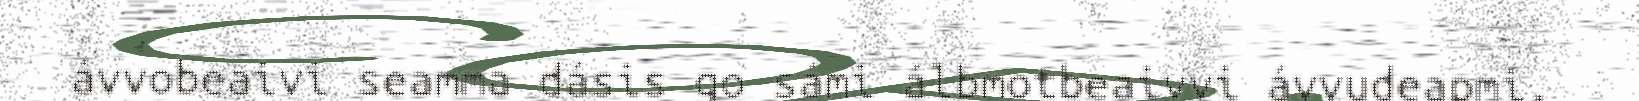
ávvobeaivi seamma dásis go sámi álbmotbeaivvi ávvudeapmi.